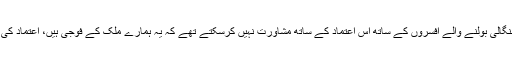
بنیادی بات یہ ہے کہ اگر مغربی پاکستان کے افسر بنگالی بولنے والے افسروں کے ساتھ اس اعتماد کے ساتھ مشاورت نہیں کرسکتے تھے کہ یہ ہمارے ملک کے فوجی ہیں، اعتماد کی یہ کڑی ٹوٹنا ہماری فوجی شکست کا پیش خیمہ تھا۔